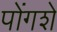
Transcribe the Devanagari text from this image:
पोंगशे